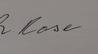
Signature authenticity: genuine